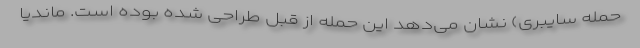
حمله سایبری) نشان می‌دهد این حمله از قبل طراحی شده بوده است. ماندیا